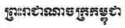
ព្រះរាជាណាចក្រកម្ពុជា